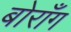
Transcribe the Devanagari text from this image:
बोराँग